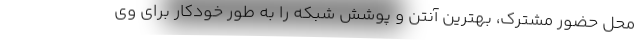
محل حضور مشترک، بهترین آنتن و پوشش شبکه را به طور خودکار برای وی